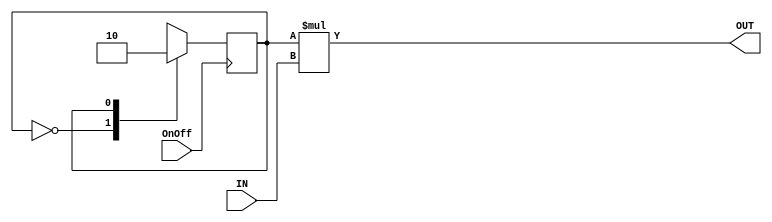
//OnOff Toggle.  Assumes a normally-on push button switch for OnOff.
module OnOffToggle
	(
		input OnOff,IN,
		output OUT
	);
	
	reg state,nextstate;
	parameter ON=1'b1,OFF=1'b0;
		always @ (negedge OnOff)
			state <= nextstate;
		always @ (state)
			case(state)
				OFF: nextstate = ON; //Pushing OnOff turns the switch on.
				ON: nextstate = OFF; //Pushing OnOff turns the switch off.
			endcase
	assign OUT = state*IN;
endmodule